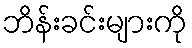
ဘိန်းခင်းများကို